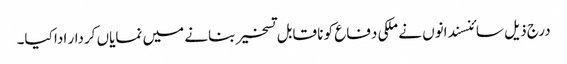
درج ذیل سائنسندانوں نے ملکی دفاع کو نا قابل تسخیر بنانے میں نمایاں کردار ادا کیا۔